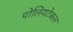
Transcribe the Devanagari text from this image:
पोलियटेकल